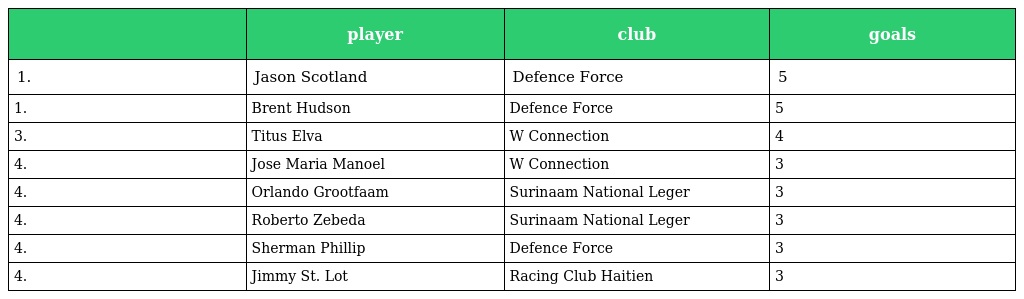
|  | player | club | goals |
 | --- | --- | --- | --- |
 | 1. | Jason Scotland | Defence Force | 5 |
 | 1. | Brent Hudson | Defence Force | 5 |
 | 3. | Titus Elva | W Connection | 4 |
 | 4. | Jose Maria Manoel | W Connection | 3 |
 | 4. | Orlando Grootfaam | Surinaam National Leger | 3 |
 | 4. | Roberto Zebeda | Surinaam National Leger | 3 |
 | 4. | Sherman Phillip | Defence Force | 3 |
 | 4. | Jimmy St. Lot | Racing Club Haitien | 3 |